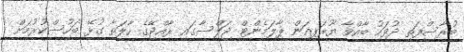
ބުރާސްފަތި ދުވަހު ބާއްވާ ޔޫރަޕިއަން ޕާލަމެންޓް ޖަލްސާގައި ރާއްޖޭގެ ހާލަތާ ގުޅޭ ބަހުސްކުރުމަށް